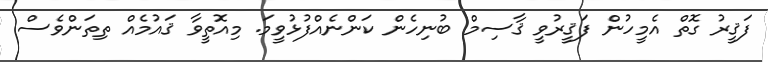
ފަޤީރު ގޮތް އެމީހުން ފަޤީރުވީ ޤާސިމް ބުނިހެން ކަންނެއްފުޅުވީމަ. މިއޮތީވާ ޤައުމެއް ތިތަންވެސް